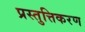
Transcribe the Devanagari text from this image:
प्रस्तुत्तिकरण